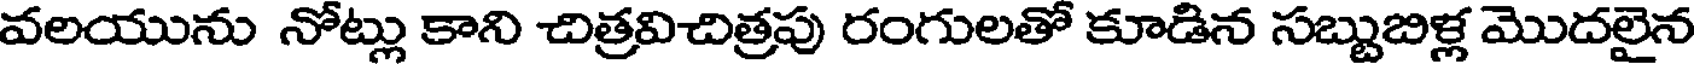
వలయును నోట్లు కాని చిత్రవిచిత్రపు రంగులతో కూడిన సబ్బుబిళ్ల మొదలైన